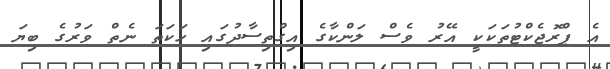
އެ ޕްރޮޖެކްޓުތަކަކީ އޭރު ވެސް ލަންކާގެ އިގްތިސާދުގައި ހަކަތަ ނެތް ވަރުގެ ބިޔަ